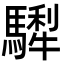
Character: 𩥴